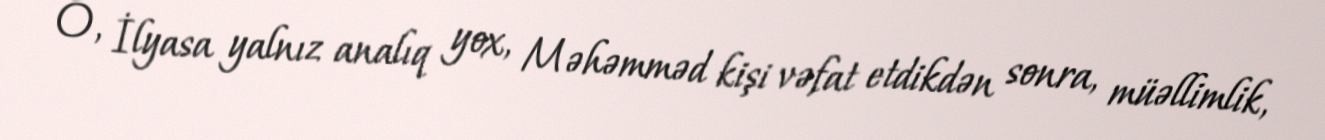
O, İlyasa yalnız analıq yox, Məhəmməd kişi vəfat etdikdən sonra, müəllimlik,